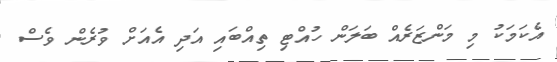
އެކަމަކު މި މަންޒަރެއް ބަލަން ހުއްޓި ތިއްބައި އަދި އެއަށް ވުރެން ވެސް